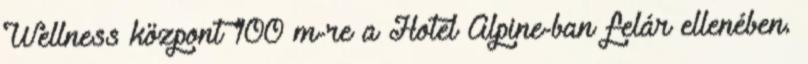
Wellness központ 100 m-re a Hotel Alpine-ban felár ellenében.